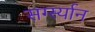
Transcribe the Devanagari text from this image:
सर्ग्स्यान